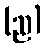
(ည)